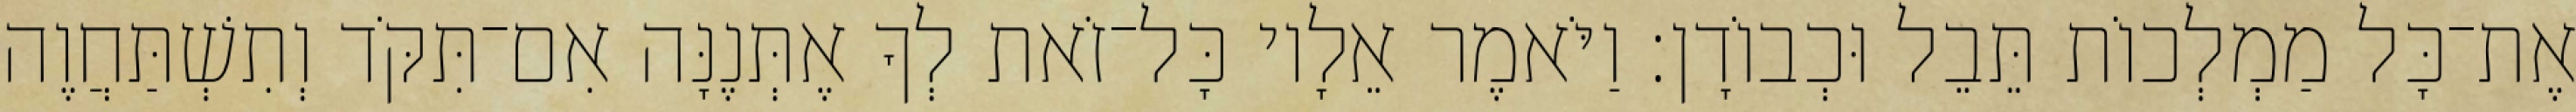
אֶת־כָּל מַמְלְכוֹת תֵּבֵל וּכְבוֹדָן׃ וַיֹּאמֶר אֵלָיו כָּל־זֹאת לְךָ אֶתְּנֶנָּה אִם־תִּקֹּד וְתִשְׁתַּחֲוֶה